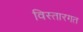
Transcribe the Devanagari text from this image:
विस्तारगत